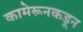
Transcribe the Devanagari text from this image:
कामेरूनकडून